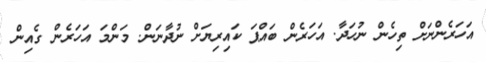
އަހަރެންނަށް ތިހެން ނުހަދާ. އަހަރެން ބައްޕަ ކައިރިޔަށް ނުދާނަން. މަންމަ އަހަރެން ގެއިން